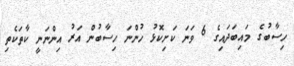
ހިސާބުގެ މައިބަދައިގެ 6 ވަނަ ކަށިކޮޅު ހުންނަ ހިސާބުން އަރު އިންނަނީ ކާތަކެތި